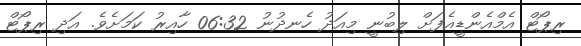
ރިޕޯޓް އެމްއެންޑީއެފަށް ލިބުނީ މިއަދު ހެނދުނު 06:32 ހާއިރު ކަމަށެވެ. އަދި ރިޕޯޓް